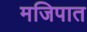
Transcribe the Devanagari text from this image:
मजिपात